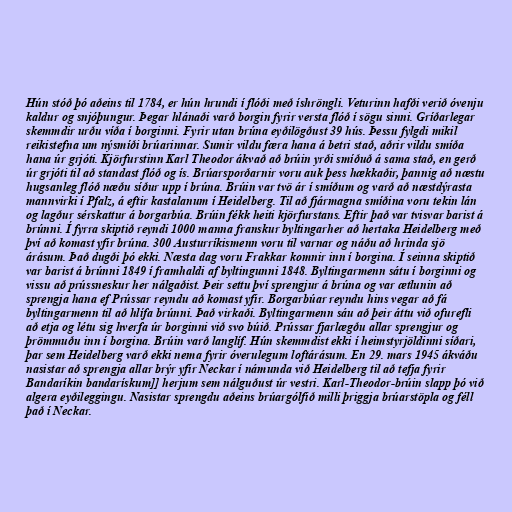
Hún stóð þó aðeins til 1784, er hún hrundi í flóði með íshröngli. Veturinn hafði verið óvenju
kaldur og snjóþungur. Þegar hlánaði varð borgin fyrir versta flóð í sögu sinni. Gríðarlegar
skemmdir urðu víða í borginni. Fyrir utan brúna eyðilögðust 39 hús. Þessu fylgdi mikil
reikistefna um nýsmíði brúarinnar. Sumir vildu færa hana á betri stað, aðrir vildu smíða
hana úr grjóti. Kjörfurstinn Karl Theodor ákvað að brúin yrði smíðuð á sama stað, en gerð
úr grjóti til að standast flóð og ís. Brúarsporðarnir voru auk þess hækkaðir, þannig að næstu
hugsanleg flóð næðu síður upp í brúna. Brúin var tvö ár í smíðum og varð að næstdýrasta
mannvirki í Pfalz, á eftir kastalanum í Heidelberg. Til að fjármagna smíðina voru tekin lán
og lagður sérskattur á borgarbúa. Brúin fékk heiti kjörfurstans. Eftir það var tvisvar barist á
brúnni. Í fyrra skiptið reyndi 1000 manna franskur byltingarher að hertaka Heidelberg með
því að komast yfir brúna. 300 Austurríkismenn voru til varnar og náðu að hrinda sjö
árásum. Það dugði þó ekki. Næsta dag voru Frakkar komnir inn í borgina. Í seinna skiptið
var barist á brúnni 1849 í framhaldi af byltingunni 1848. Byltingarmenn sátu í borginni og
vissu að prússneskur her nálgaðist. Þeir settu því sprengjur á brúna og var ætlunin að
sprengja hana ef Prússar reyndu að komast yfir. Borgarbúar reyndu hins vegar að fá
byltingarmenn til að hlífa brúnni. Það virkaði. Byltingarmenn sáu að þeir áttu við ofurefli
að etja og létu sig hverfa úr borginni við svo búið. Prússar fjarlægðu allar sprengjur og
þrömmuðu inn í borgina. Brúin varð langlíf. Hún skemmdist ekki í heimstyrjöldinni síðari,
þar sem Heidelberg varð ekki nema fyrir óverulegum loftárásum. En 29. mars 1945 ákváðu
nasistar að sprengja allar brýr yfir Neckar í námunda við Heidelberg til að tefja fyrir
Bandaríkin bandarískum]] herjum sem nálguðust úr vestri. Karl-Theodor-brúin slapp þó við
algera eyðileggingu. Nasistar sprengdu aðeins brúargólfið milli þriggja brúarstöpla og féll
það í Neckar.